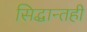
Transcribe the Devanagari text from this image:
सिद्धान्तही